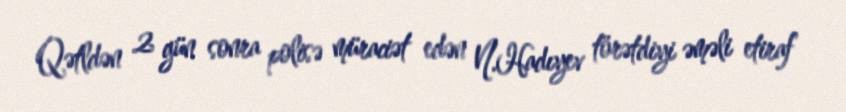
Qətldən 2 gün sonra polisə müraciət edən N.Hadıyev törətdiyi əməli etiraf